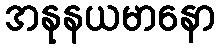
အနုနယမာနော